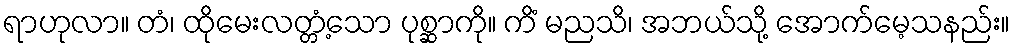
ရာဟုလာ။ တံ၊ ထိုမေးလတ္တံ့သော ပုစ္ဆာကို။ ကိံ မညသိ၊ အဘယ်သို့ အောက်မေ့သနည်း။